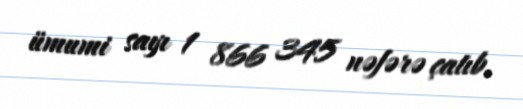
ümumi sayı 1 866 345 nəfərə çatıb.